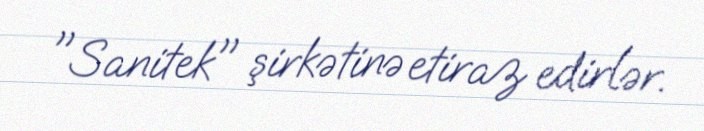
"Sanitek" şirkətinə etiraz edirlər.